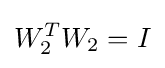
W_{2}^{T}W_{2}=I